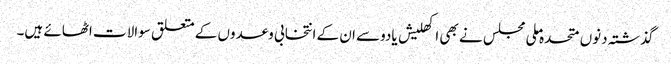
گذشتہ دنوں متحدہ ملی مجلس نے بھی اکھلیش یادوسے ان کے انتخابی وعدوں کے متعلق سوالات اٹھائے ہیں۔